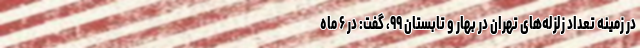
در زمینه تعداد زلزله‌های تهران در بهار و تابستان ۹۹، گفت: در ۶ ماه